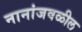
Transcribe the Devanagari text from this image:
नानांजवळील